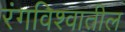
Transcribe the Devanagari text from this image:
रंगविश्वातील